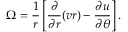
\Omega = \frac { 1 } { r } \left[ \frac { \partial } { \partial r } ( v r ) - \frac { \partial u } { \partial \theta } \right] .